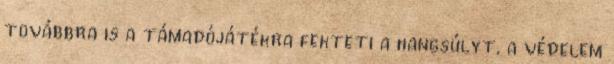
továbbra is a támadójátékra fekteti a hangsúlyt, a védelem